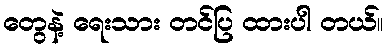
တွေနဲ့ ရေးသား တင်ပြ ထားပါ တယ်။